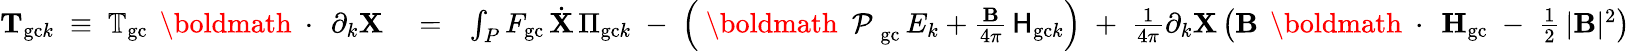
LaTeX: \begin{array}{rlr}{{\mathbf T}_{\mathrm{gc}k}\; \equiv\; \mathbb{T}_{\mathrm{gc}}\, \mathrm{~\boldmath~\cdot~}\, \partial_{k}{\mathbf X}}&{{}=}&{\int_{P}F_{\mathrm{gc}}\, \dot{\mathbf X}\, \Pi_{\mathrm{gc}k}\; -\; \left(\mathrm{~\boldmath~\cal~P~}_{\mathrm{gc}}\, E_{k}+\frac{\mathbf B}{4\pi}\, {\sf H}_{\mathrm{gc}k}\right)\; +\; \frac{1}{4\pi}\partial_{k}{\mathbf X}\left({\mathbf B}\, \mathrm{~\boldmath~\cdot~}\, {\mathbf H}_{\mathrm{gc}}\; -\; \frac{1}{2}\, |{\mathbf B}|^{2}\right)}\end{array}